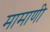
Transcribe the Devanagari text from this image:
मामाणी